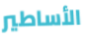
الأساطير